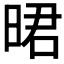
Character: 𣇉